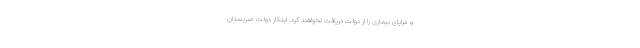
و مزایای بیماری را از دولت دریافت نخواهند کرد. ابتکار دولت صربستان